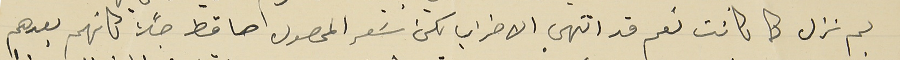
لم تزل كما كانت نعم قد انتهى الاضراب لكن سَعر المحصول صاقط جداً كانهم بعدهم